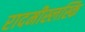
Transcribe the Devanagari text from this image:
रादमीस्लस्कि